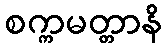
စက္ကမတ္တာနိ